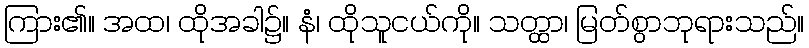
ကြား၏။ အထ၊ ထိုအခါ၌။ နံ၊ ထိုသူငယ်ကို။ သတ္ထာ၊ မြတ်စွာဘုရားသည်။